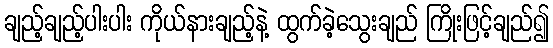
ချည့်ချည့်ပါးပါး ကိုယ်နားချည့်နဲ့ ထွက်ခဲ့သွေးချည် ကြိုးဖြင့်ချည်၍